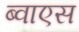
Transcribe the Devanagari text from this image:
ब्वाएस